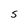
Character: S